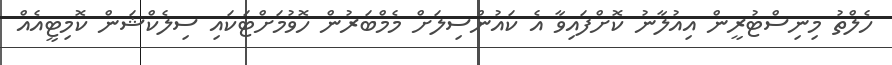
ހެލްތު މިނިސްޓުރީން އިއުލާނު ކޮށްފައިވާ އެ ކައުންސިލަށް މެމްބަރުން ހޮވުމަށްޓަކައި ސިލެކްޝަން ކޮމިޓީއެއް